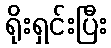
ရိုးရှင်းပြီး